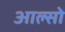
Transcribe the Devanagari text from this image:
आल्सो